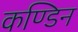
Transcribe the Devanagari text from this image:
कण्डिन